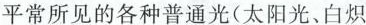
平常所见的各种普通光(太阳光、白炽